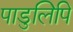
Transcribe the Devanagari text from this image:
पाडुलिपि